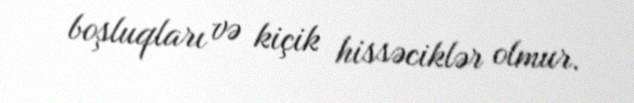
boşluqları və kiçik hissəciklər olmur.